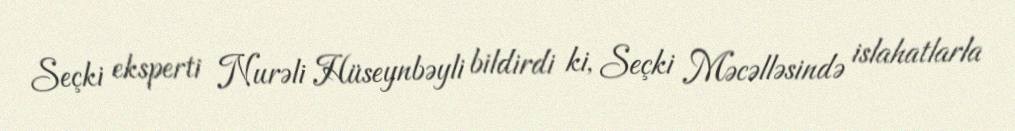
Seçki eksperti Nurəli Hüseynbəyli bildirdi ki, Seçki Məcəlləsində islahatlarla